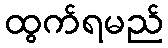
ထွက်ရမည်